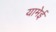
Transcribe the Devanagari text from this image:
यामेई